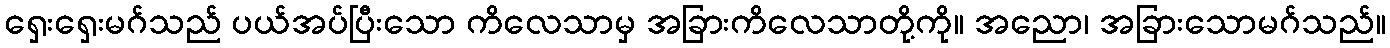
ရှေးရှေးမဂ်သည် ပယ်အပ်ပြီးသော ကိလေသာမှ အခြားကိလေသာတို့ကို။ အညော၊ အခြားသောမဂ်သည်။